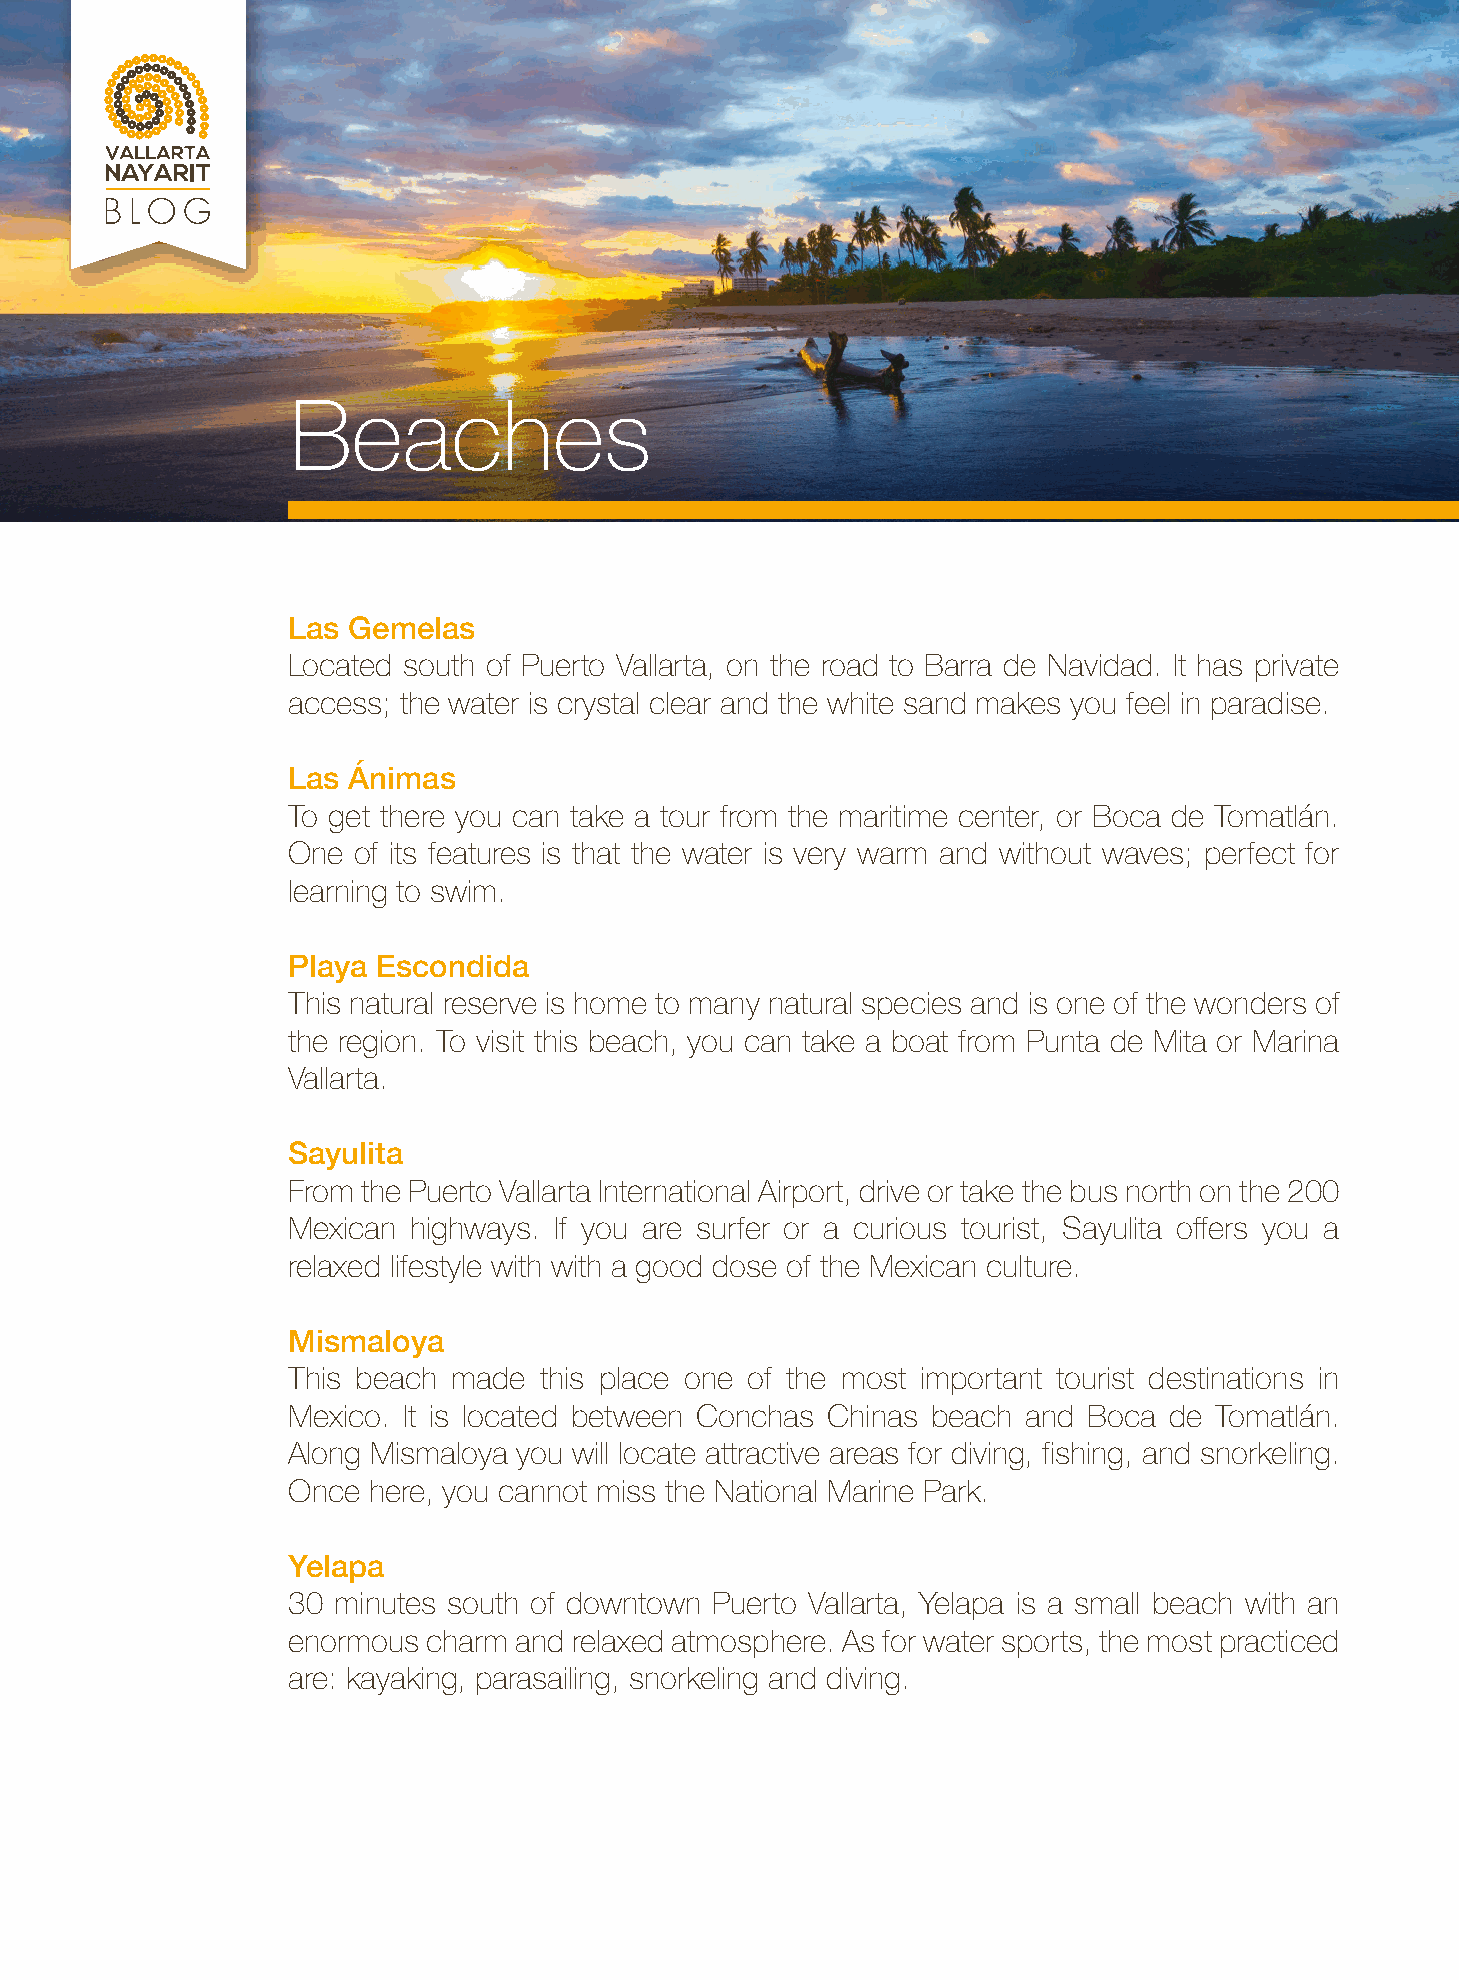
Beaches
 Las Gemelas
 Located south of Puerto Vallarta, on the road to Barra de Navidad. It has private
 access; the water is crystal clear and the white sand makes you feel in paradise.
 Las Ánimas
 To get there you can take a tour from the maritime center, or Boca de Tomatlán.
 One of its features is that the water is very warm and without waves; perfect for
 learning to swim.
 Playa Escondida
 This natural reserve is home to many natural species and is one of the wonders of
 the region. To visit this beach, you can take a boat from Punta de Mita or Marina
 Vallarta.
 Sayulita
 From the Puerto Vallarta International Airport, drive or take the bus north on the 200
 Mexican highways. If you are surfer or a curious tourist, Sayulita offers you a
 relaxed lifestyle with with a good dose of the Mexican culture.
 Mismaloya
 This beach made  this place one of the most important tourist destinations in
 Mexico. It is located between Conchas Chinas beach and Boca de Tomatlán.
 Along Mismaloya you will locate attractive areas for diving, fishing, and snorkeling.
 Once here, you cannot miss the National Marine Park.
 Yelapa
 30 minutes south of downtown Puerto Vallarta, Yelapa is a small beach with an
 enormous charm and relaxed atmosphere. As for water sports, the most practiced
 are: kayaking, parasailing, snorkeling and diving.